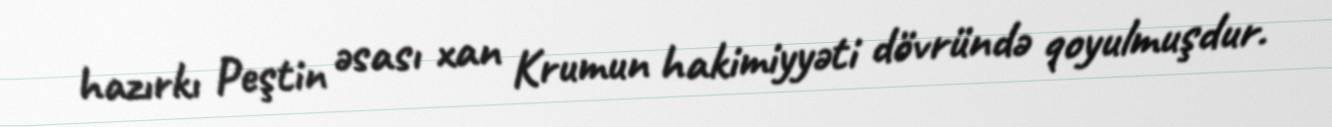
hazırkı Peştin əsası xan Krumun hakimiyyəti dövründə qoyulmuşdur.